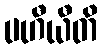
ပဟီယီတိ